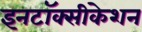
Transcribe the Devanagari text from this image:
इनटॉक्सीकेशन